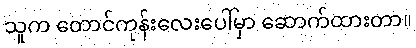
သူက တောင်ကုန်းလေးပေါ်မှာ ဆောက်ထားတာ။